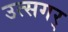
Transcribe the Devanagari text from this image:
उत्सगर्